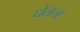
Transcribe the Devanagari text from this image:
धेतला